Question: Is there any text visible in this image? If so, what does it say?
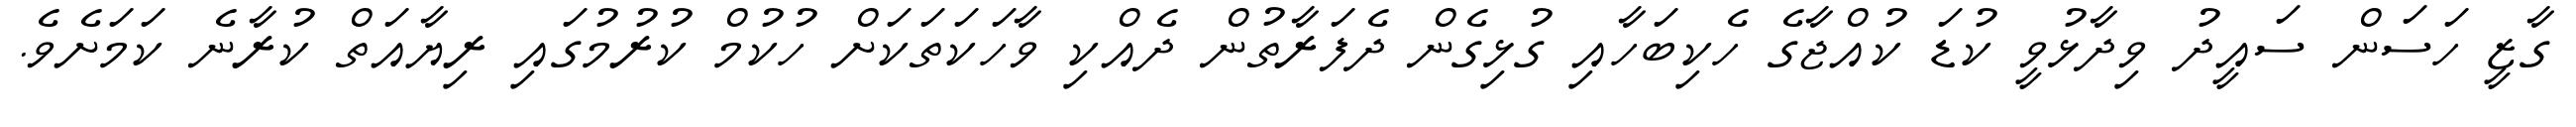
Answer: ގާޒީ ހަސަން ސައީދު ވިދާޅުވީ ކުޑަ ކުއްޖާގެ ހެކިބަހާއި ގުޅިގެން ދެފަރާތުން ދެއްކި ވާހަކަތަކަށް ހުކުމް ކުރުމުގައި ރިޔާއަތް ކުރާނެ ކަމަށެވެ.